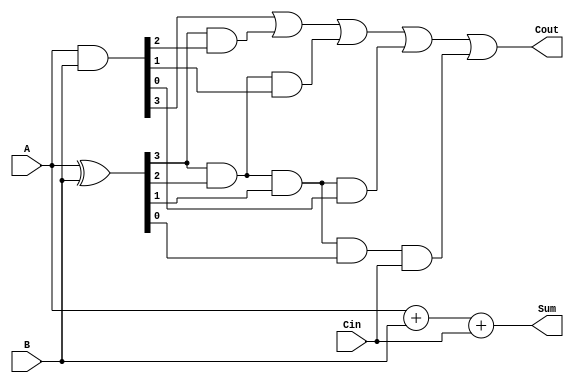
module CarryLookaheadAdder (
    input [3:0] A,
    input [3:0] B,
    input Cin,
    output [3:0] Sum,
    output Cout
);

wire [3:0] P, G;
wire [4:0] C;

assign P = A ^ B;
assign G = A & B;

assign C[0] = Cin;
assign C[1] = G[0] | (P[0] & Cin);
assign C[2] = G[1] | (P[1] & G[0]) | (P[1] & P[0] & Cin);
assign C[3] = G[2] | (P[2] & G[1]) | (P[2] & P[1] & G[0]) | (P[2] & P[1] & P[0] & Cin);
assign C[4] = G[3] | (P[3] & G[2]) | (P[3] & P[2] & G[1]) | (P[3] & P[2] & P[1] & G[0]) | (P[3] & P[2] & P[1] & P[0] & Cin);

assign Sum = A + B + Cin;

assign Cout = C[4];

endmodule